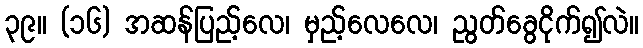
၃၉။ (၁၆) အဆန်ပြည့်လေ၊ မှည့်လေလေ၊ ညွတ်ခွေငိုက်၍လဲ။